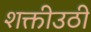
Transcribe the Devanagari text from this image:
शक्तीउठी